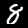
Label: 8